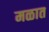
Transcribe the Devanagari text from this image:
मळात